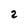
Character: 2